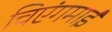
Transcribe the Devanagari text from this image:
चिएंगमाई